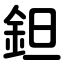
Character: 鉭